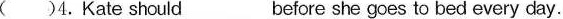
( )4. Kate should___before she goes to bed every day.